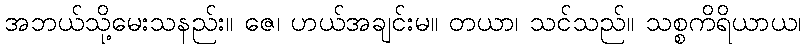
အဘယ်သို့မေးသနည်း။ ဇေ၊ ဟယ်အချင်းမ။ တယာ၊ သင်သည်။ သစ္စကိရိယာယ၊